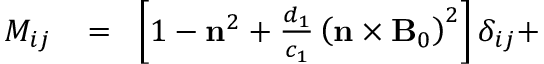
\begin{array} { r l r } { M _ { i j } \! } & { { } = } & { \! \left[ 1 - { \bf n } ^ { 2 } + \frac { d _ { 1 } } { c _ { 1 } } \left( { \bf n } \times { \bf B } _ { 0 } \right) ^ { 2 } \right] \delta _ { i j } + } \end{array}